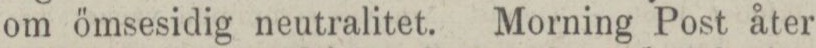
om ömsesidig neutralitet. Morning Post åter